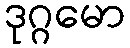
ဒုဂ္ဂမော